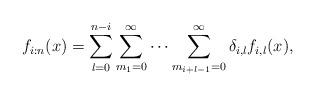
LaTeX: \begin{align*} f_{i:n}(x)=\sum_{l=0}^{n-i}\sum_{m_{1}=0}^{\infty}\cdots\sum_{m_{i+l-1}=0}^{\infty}\delta_{i,l}f_{i,l}(x),\end{align*}